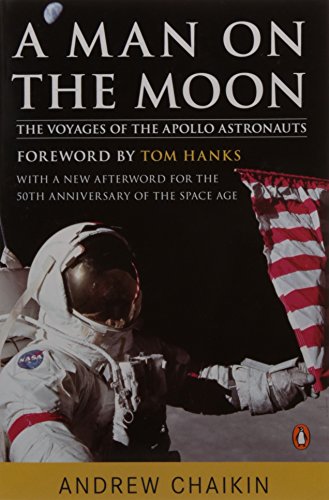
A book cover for A Man on the Moon: The Voyages of the Apollo Astronauts; Andrew Chaikin; Engineering & Transportation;